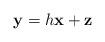
LaTeX: \begin{align*}\mathbf{y}=h \mathbf{x} + \mathbf{z}\end{align*}